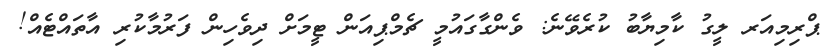
ޕްރިމިއަރ ލީގު ކާމިޔާބު ކުރެވޭނެ: ވެންގާގައުމީ ޗެމްޕިއަން ޓީމަށް ދިވެހިން ފަރުމާކުރި އާތައްޓެއް!